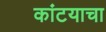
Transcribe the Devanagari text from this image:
कांटयाचा